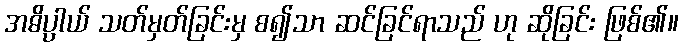
အဓိပ္ပာယ် သတ်မှတ်ခြင်းမှ စ၍သာ ဆင်ခြင်ရာသည် ဟု ဆိုခြင်း ဖြစ်၏။